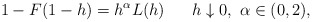
\begin{gather*}1-F(1-h) = h^{\alpha}L(h) \quad \ \ h\downarrow0, \ \alpha\in(0,2),\end{gather*}